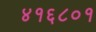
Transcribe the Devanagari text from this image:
४१६८०१